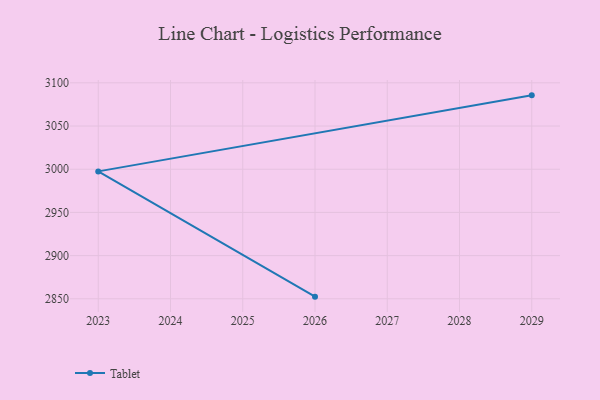
{"axis": {"x": "Year", "y": "Budget (USD K)"}, "legend": ["Tablet"], "data": [{"x": "2029", "y": 3085.5, "type": "Tablet"}, {"x": "2023", "y": 2997.5, "type": "Tablet"}, {"x": "2026", "y": 2852.5, "type": "Tablet"}]}